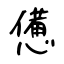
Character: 憊